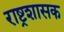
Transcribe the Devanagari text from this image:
राष्ट्रशासक